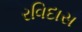
રવિદાસ